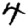
Digit: 4